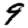
Digit: 9